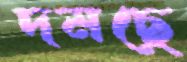
দমছে